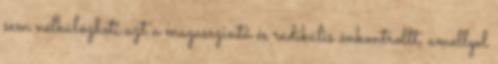
sem nélkülözheti azt a magasszintű és radikális önkontrollt, amellyel